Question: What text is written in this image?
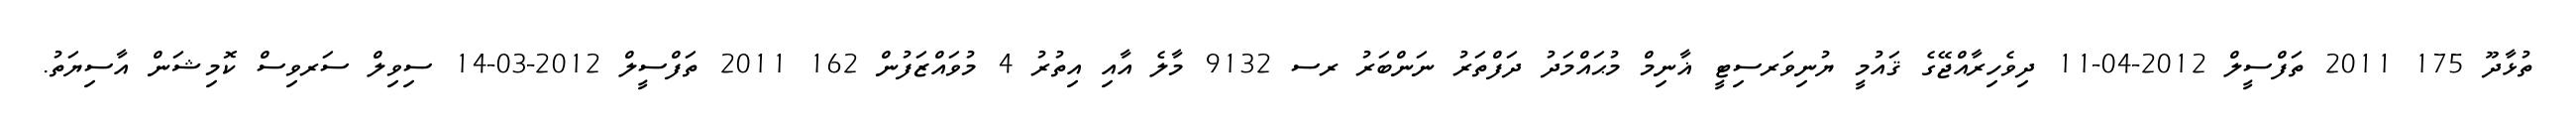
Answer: ތުޅާދޫ 175 2011 ތަފްސީލް 2012-04-11 ދިވެހިރާއްޖޭގެ ޤައުމީ ޔުނިވަރސިޓީ ޣާނިމް މުޙައްމަދު ދަފްތަރު ނަންބަރު ރސ 9132 މާލެ އާއި އިތުރު 4 މުވައްޒަފުން 162 2011 ތަފްސީލް 2012-03-14 ސިވިލް ސަރވިސް ކޮމިޝަން އާސިޔަތު.